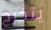
يتخرج